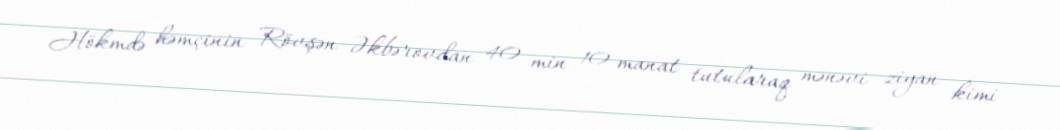
Hökmdə həmçinin Rövşən Əkbərovdan 40 min 10 manat tutularaq mənəvi ziyan kimi